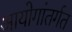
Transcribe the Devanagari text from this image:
आयोगांतर्गत